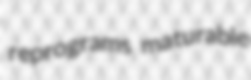
reprograms maturable